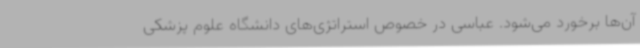
آن‌ها برخورد می‌شود. عباسی در خصوص استراتژی‌های دانشگاه علوم پزشکی